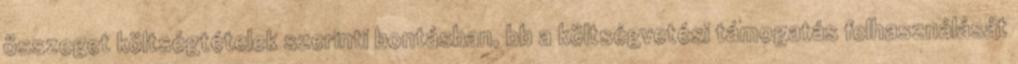
összeget költségtételek szerinti bontásban, bb a költségvetési támogatás felhasználását